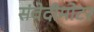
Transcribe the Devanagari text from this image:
संवेदीमोटर